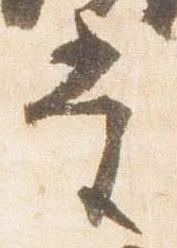
当